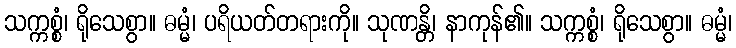
သက္ကစ္စံ၊ ရိုသေစွာ။ ဓမ္မံ၊ ပရိယတ်တရားကို။ သုဏန္တိ၊ နာကုန်၏။ သက္ကစ္စံ၊ ရိုသေစွာ။ ဓမ္မံ၊